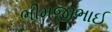
ભીમજીભાઈ